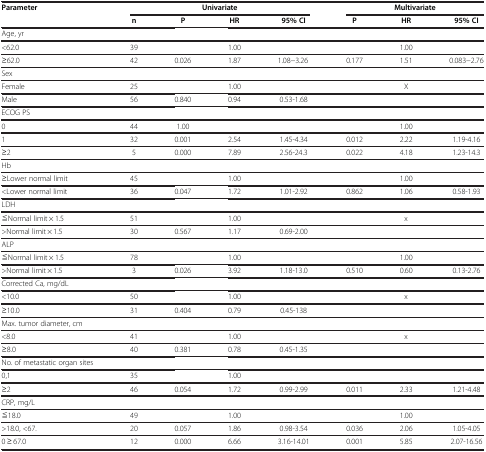
<table><thead><tr><td><b>Parameter</b></td><td colspan="4"><b>Univariate</b></td><td colspan="3"><b>Multivariate</b></td></tr><tr><td><b> </b></td><td><b>n</b></td><td><b>P</b></td><td><b>HR</b></td><td><b>95% CI</b></td><td><b>P</b></td><td><b>HR</b></td><td><b>95% CI</b></td></tr></thead><tbody><tr><td>Age, yr</td><td> </td><td> </td><td> </td><td> </td><td> </td><td> </td><td> </td></tr><tr><td>&lt;62.0</td><td>39</td><td> </td><td>1.00</td><td> </td><td> </td><td>1.00</td><td> </td></tr><tr><td>≥62.0</td><td>42</td><td>0.026</td><td>1.87</td><td>1.08−3.26</td><td>0.177</td><td>1.51</td><td>0.083−2.76</td></tr><tr><td>Sex</td><td> </td><td> </td><td> </td><td> </td><td> </td><td> </td><td> </td></tr><tr><td>Female</td><td>25</td><td> </td><td>1.00</td><td> </td><td> </td><td>X</td><td> </td></tr><tr><td>Male</td><td>56</td><td>0.840</td><td>0.94</td><td>0.53-1.68</td><td> </td><td> </td><td> </td></tr><tr><td>ECOG PS</td><td> </td><td> </td><td> </td><td> </td><td> </td><td> </td><td> </td></tr><tr><td>0</td><td>44</td><td>1.00</td><td> </td><td> </td><td> </td><td>1.00</td><td> </td></tr><tr><td>1</td><td>32</td><td>0.001</td><td>2.54</td><td>1.45-4.34</td><td>0.012</td><td>2.22</td><td>1.19-4.16</td></tr><tr><td>≥2</td><td>5</td><td>0.000</td><td>7.89</td><td>2.56-24.3</td><td>0.022</td><td>4.18</td><td>1.23-14.3</td></tr><tr><td>Hb</td><td> </td><td> </td><td> </td><td> </td><td> </td><td> </td><td> </td></tr><tr><td>≥Lower normal limit</td><td>45</td><td> </td><td>1.00</td><td> </td><td> </td><td>1.00</td><td> </td></tr><tr><td>&lt;Lower normal limit</td><td>36</td><td>0.047</td><td>1.72</td><td>1.01-2.92</td><td>0.862</td><td>1.06</td><td>0.58-1.93</td></tr><tr><td>LDH</td><td> </td><td> </td><td> </td><td> </td><td> </td><td> </td><td> </td></tr><tr><td>≦Normal limit × 1.5</td><td>51</td><td> </td><td>1.00</td><td> </td><td> </td><td>x</td><td> </td></tr><tr><td>&gt;Normal limit × 1.5</td><td>30</td><td>0.567</td><td>1.17</td><td>0.69-2.00</td><td> </td><td> </td><td> </td></tr><tr><td>ALP</td><td> </td><td> </td><td> </td><td> </td><td> </td><td> </td><td> </td></tr><tr><td>≦Normal limit × 1.5</td><td>78</td><td> </td><td>1.00</td><td> </td><td> </td><td>1.00</td><td> </td></tr><tr><td>&gt;Normal limit × 1.5</td><td>3</td><td>0.026</td><td>3.92</td><td>1.18-13.0</td><td>0.510</td><td>0.60</td><td>0.13-2.76</td></tr><tr><td>Corrected Ca, mg/dL</td><td> </td><td> </td><td> </td><td> </td><td> </td><td> </td><td> </td></tr><tr><td>&lt;10.0</td><td>50</td><td> </td><td>1.00</td><td> </td><td> </td><td>x</td><td> </td></tr><tr><td>≥10.0</td><td>31</td><td>0.404</td><td>0.79</td><td>0.45-138</td><td> </td><td> </td><td> </td></tr><tr><td>Max. tumor diameter, cm</td><td> </td><td> </td><td> </td><td> </td><td> </td><td> </td><td> </td></tr><tr><td>&lt;8.0</td><td>41</td><td> </td><td>1.00</td><td> </td><td> </td><td>x</td><td> </td></tr><tr><td>≥8.0</td><td>40</td><td>0.381</td><td>0.78</td><td>0.45-1.35</td><td> </td><td> </td><td> </td></tr><tr><td>No. of metastatic organ sites</td><td> </td><td> </td><td> </td><td> </td><td> </td><td> </td><td> </td></tr><tr><td>0,1</td><td>35</td><td> </td><td>1.00</td><td> </td><td> </td><td> </td><td> </td></tr><tr><td>≥2</td><td>46</td><td>0.054</td><td>1.72</td><td>0.99-2.99</td><td>0.011</td><td>2.33</td><td>1.21-4.48</td></tr><tr><td>CRP, mg/L</td><td> </td><td> </td><td> </td><td> </td><td> </td><td> </td><td> </td></tr><tr><td>≦18.0</td><td>49</td><td> </td><td>1.00</td><td> </td><td> </td><td>1.00</td><td> </td></tr><tr><td>&gt;18.0, &lt;67.</td><td>20</td><td>0.057</td><td>1.86</td><td>0.98-3.54</td><td>0.036</td><td>2.06</td><td>1.05-4.05</td></tr><tr><td>0 ≥ 67.0</td><td>12</td><td>0.000</td><td>6.66</td><td>3.16-14.01</td><td>0.001</td><td>5.85</td><td>2.07-16.56</td></tr></tbody></table>